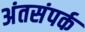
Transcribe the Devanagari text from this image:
अंतसंपर्क